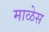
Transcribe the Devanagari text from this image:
माळेस